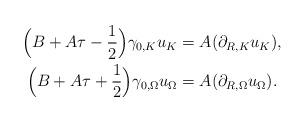
LaTeX: \begin{align*}\begin{aligned}\Bigl(B+A\tau-\frac12\Bigr)\gamma_{0,K}u_K &= A(\partial_{R,K} u_K),\\\Bigl(B+A\tau+\frac12\Bigr)\gamma_{0,\Omega}u_\Omega &= A(\partial_{R,\Omega} u_\Omega).\\\end{aligned}\end{align*}